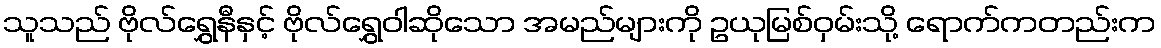
သူသည် ဗိုလ်ရွှေနီနှင့် ဗိုလ်ရွှေဝါဆိုသော အမည်များကို ဥယုမြစ်ဝှမ်းသို့ ရောက်ကတည်းက